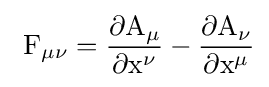
{\rm {{\ F}_{\mu \nu }={\frac {\partial A_{\mu }}{\partial x^{\nu }}}-{\frac {\partial A_{\nu }}{\partial x^{\mu }}}}}